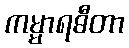
ကမ္မာရဓီတာ